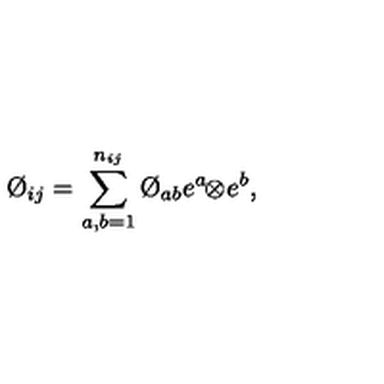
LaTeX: \O _ { i j } = \sum _ { a , b = 1 } ^ { n _ { i j } } \O _ { a b } e ^ { a } \! \! \otimes \! e ^ { b } ,